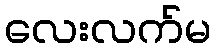
လေးလက်မ